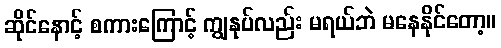
ဆိုင်နောင့် စကားကြောင့် ကျွနုပ်လည်း မရယ်ဘဲ မနေနိုင်တော့။